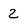
Character: 2